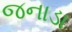
જનાડા